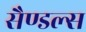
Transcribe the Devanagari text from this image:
सैण्डल्स